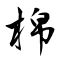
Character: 棉